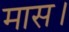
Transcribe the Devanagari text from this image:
मास।